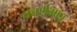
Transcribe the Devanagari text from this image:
कार्यमात्र